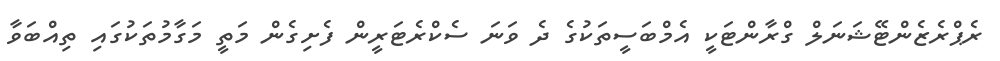
ރެޕްރެޒެންޓޭޝަނަލް ގްރާންޓަކީ އެމްބަސީތަކުގެ ދެ ވަނަ ސެކްރެޓަރީން ފެށިގެން މަތީ މަގާމުތަކުގައި ތިއްބަވާ